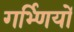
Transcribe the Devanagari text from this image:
गर्भ्णियों